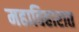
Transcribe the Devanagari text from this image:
महाविहारात